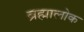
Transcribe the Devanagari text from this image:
ब्रह्मालोक